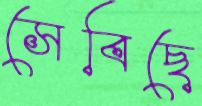
সেবিছে